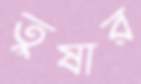
তুষার